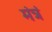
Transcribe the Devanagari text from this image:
मंत्रं